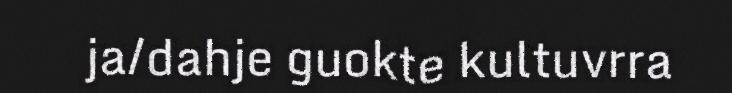
ja/dahje guokte kultuvrra